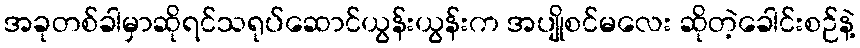
အခုတစ်ခါမှာဆိုရင်သရုပ်ဆောင်ယွန်းယွန်းက အပျိုစင်မလေး ဆိုတဲ့ခေါင်းစဉ်နဲ့